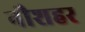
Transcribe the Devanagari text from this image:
नौशहर